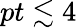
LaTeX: pt\lesssim 4